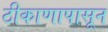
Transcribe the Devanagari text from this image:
ठीकाणापासून